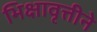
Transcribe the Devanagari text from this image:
भिक्षावृत्तीने